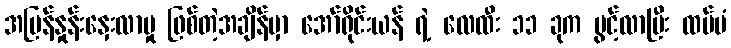
အမြန်နှုန်းနှေးလာမှု ဖြစ်တဲ့အချိန်မှာ အော်ရိုင်းယန် ရဲ့ လေထီး ၁၁ ခုက ပွင့်လာပြီး ထပ်မံ